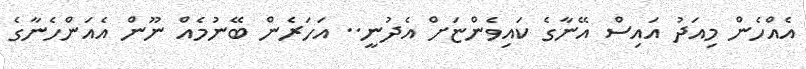
އެއްހެން މިއަދު އައިސް އޭނާގެ ކައިވެންޏަށް އެދުނީ.. އަހަރެން ބޭނުމެއް ނޫން އެއަންހެނާގެ